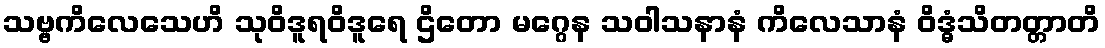
သဗ္ဗကိလေသေဟိ သုဝိဒူရဝိဒူရေ ဌိတော မဂ္ဂေန သဝါသနာနံ ကိလေသာနံ ဝိဒ္ဓံသိတတ္တာတိ